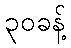
၃၀ခန့်